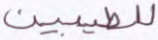
للطيبين